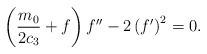
LaTeX: \begin{align*}\left( \frac{m_{0}}{2c_{3}}+f\right) f^{\prime \prime }-2\left( f^{\prime}\right) ^{2}=0. \end{align*}